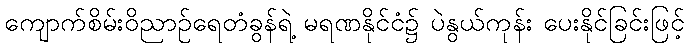
ကျောက်စိမ်းဝိညာဉ်ရေတံခွန်ရဲ့ မရဏနိုင်ငံ၌ ပဲနွယ်ကုန်း ပေးနိုင်ခြင်းဖြင့်